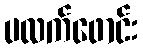
ပလက်ဖောင်း